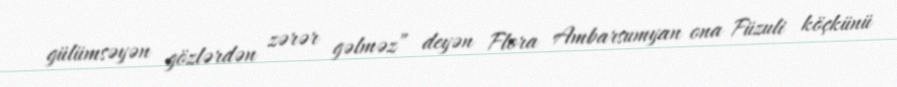
gülümsəyən gözlərdən zərər gəlməz” deyən Flora Ambarsumyan ona Füzuli köçkünü